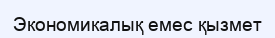
Экономикалық емес қызмет